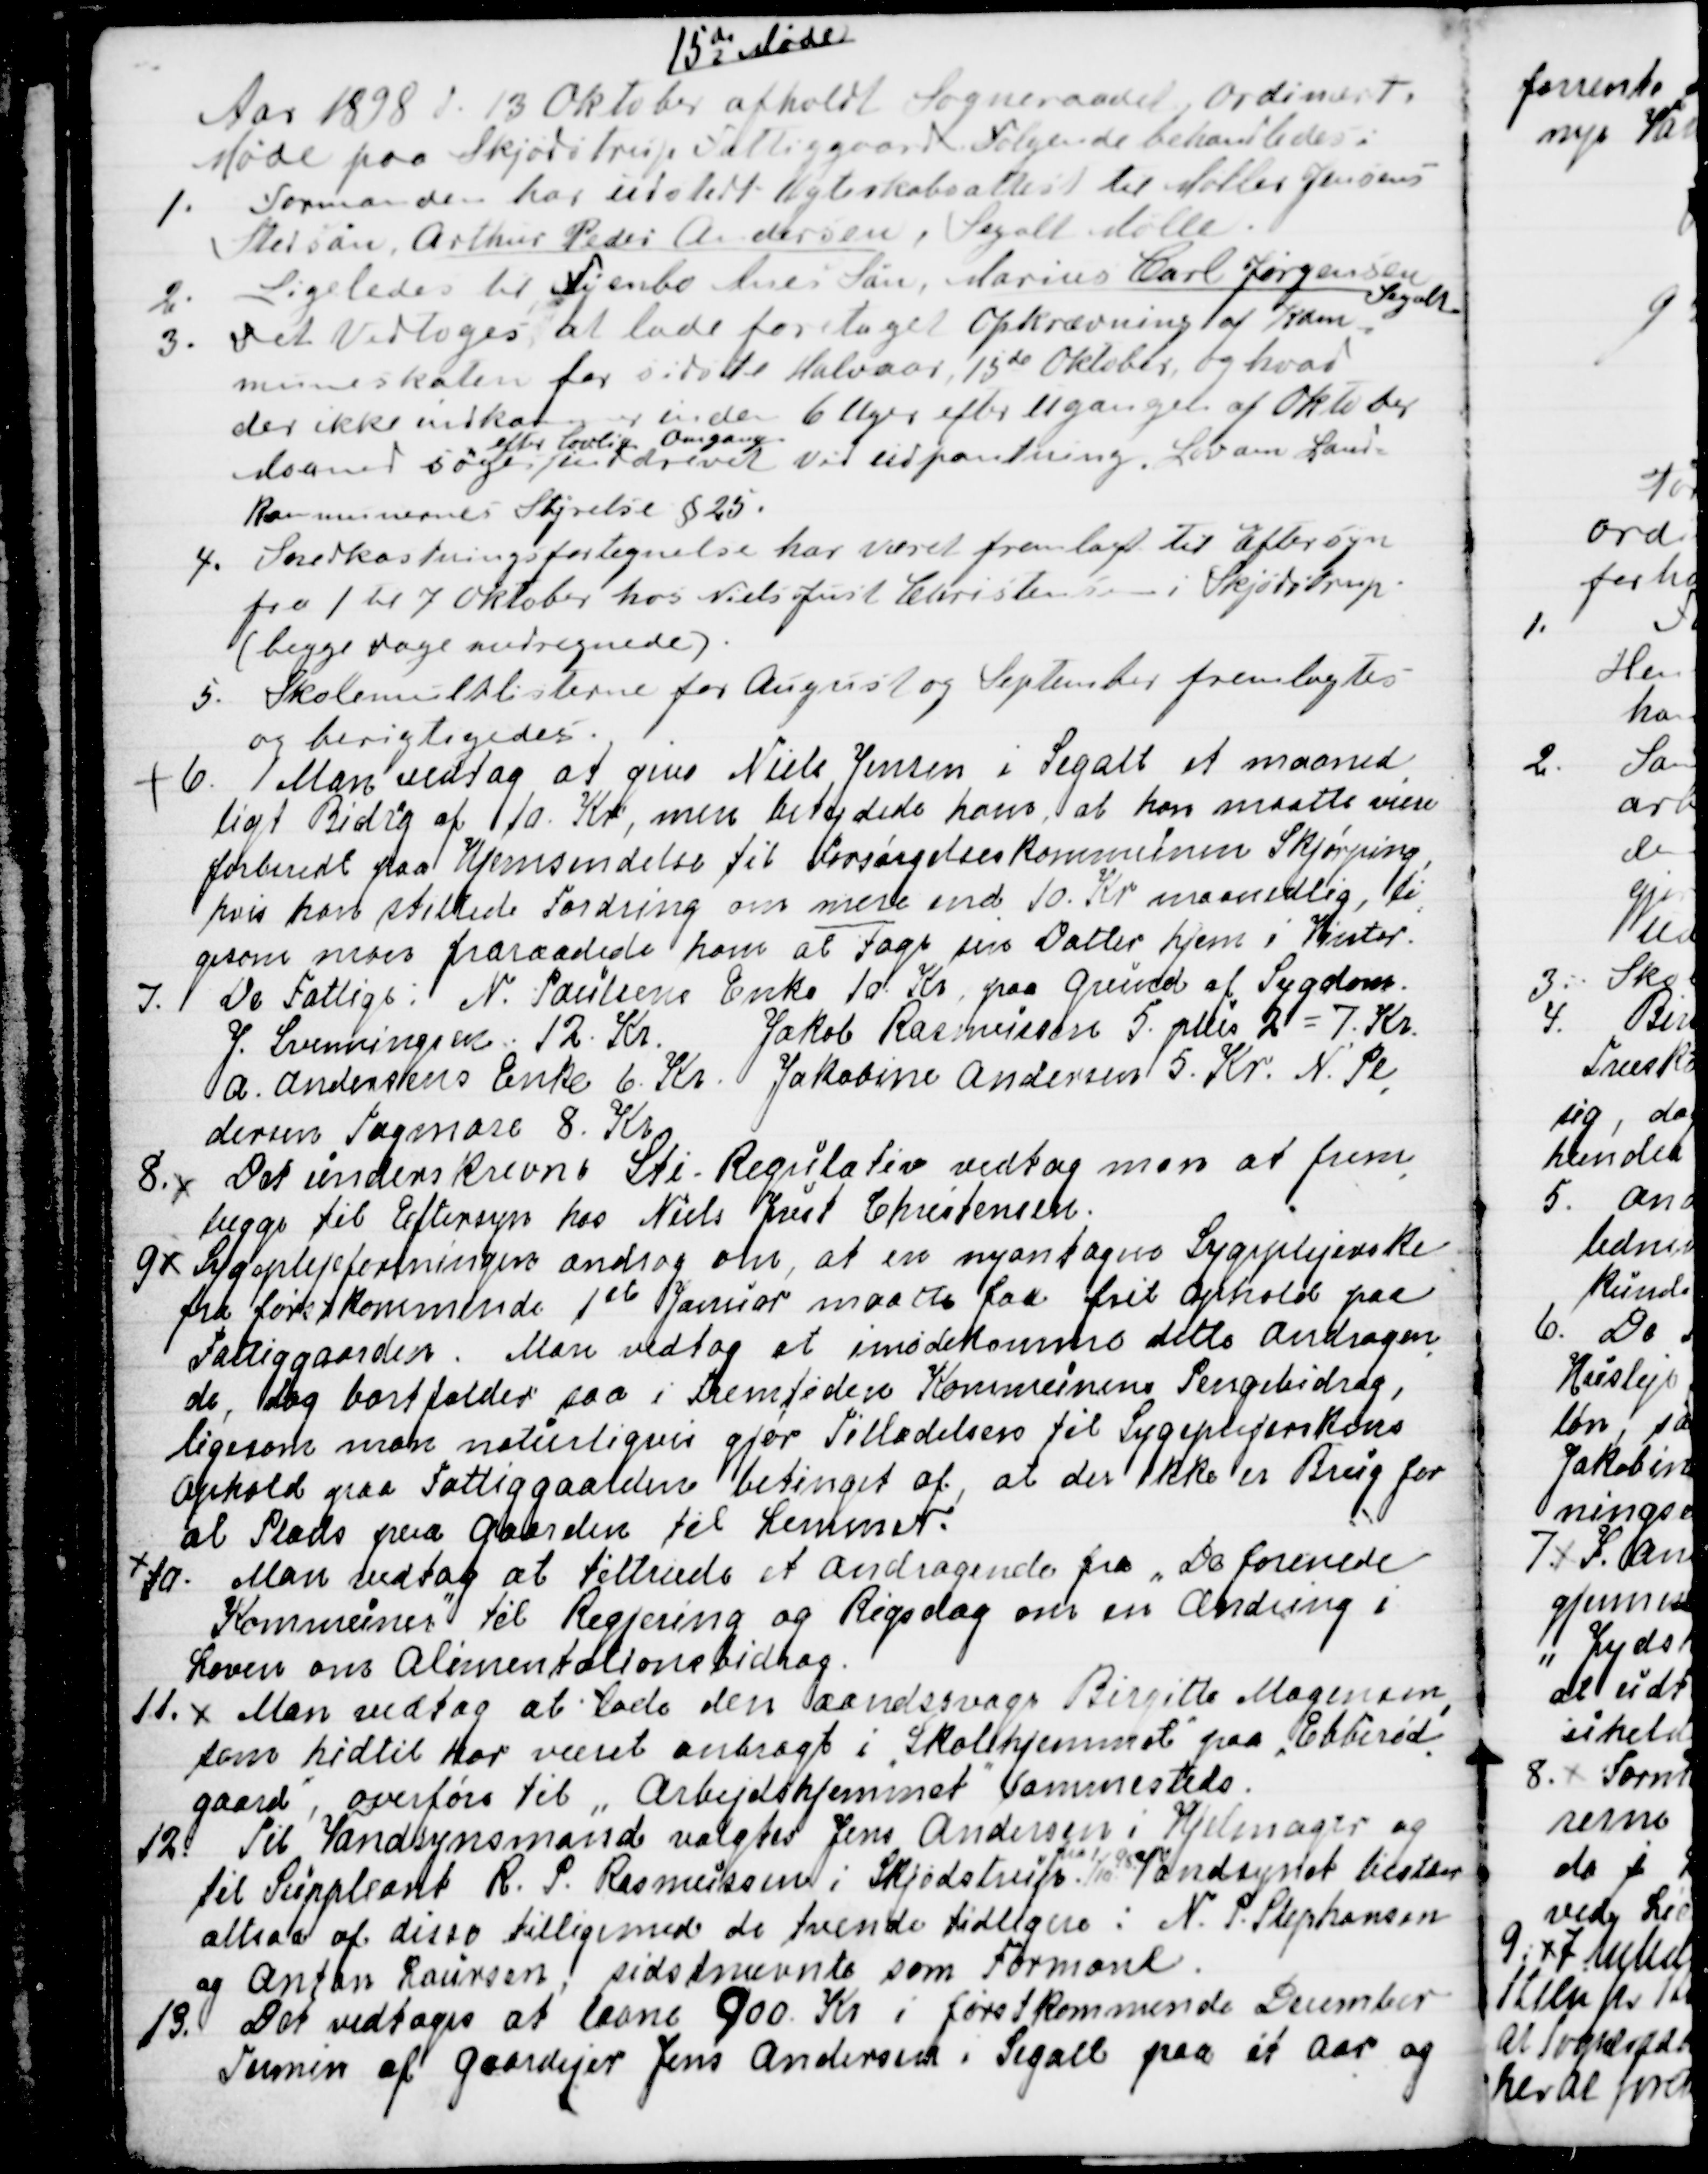
Transskription:
15de Møde
Aar 1898 d. 13 Oktober afholdt Sogneraadet ordinært
Møde paa Skjødstrup Fattiggaard. Følgende behandledes:
1.
Formanden har udstedt Ægteskabsattest til Møller Jensens
 Stedsøn Arthur Peder Andersen, Segalt Mølle.
2. Ligeledes til Syerske Anes Søn, Marius Carl Jørgensen 
Segalt
3.  Det vedtoges at lade foretaget Opkrævning af Kom=
muneskaten for sidste Halvaar, 15de Oktober og hvad
der ikke indkommer inden 6 Uger efter Ugangen af Oktober
Maaned søges 
efter lovlig Omgang
inddrevet ved udpantning. Lov om Land-
Kommunernes Styrelse § 25.
4.  Snekastningsfortegnelse har været fremlagt til Eftersyn
fra 1 til 7 Oktober hos Niels Just Christensen i Skjødstrup
(begge Dage medregnede).
5. Skolemulklisterne for August og September fremlagdes
og berigtigedes.
6. Man vedtog at give Niels Jensen i Segalt et maaned
=
ligt Bidrag af 10. Kr, men betydede ham, at han maate være
forberedt paa Hjemsendelse til Forsørgelseskommunen Skjørping,
hvis han stillede Fordring om mere end 10. Kr maanedlig, li
=
gesom man fraraadede ham at tage sin Datter hjem i Vinter.
7. De Fattige: N. Poulsens Enke 10. Kr paa Grund af Sygdom.
J. Svenningsen 12. Kr. Jakob Rasmussen 5. plus 2 = 7. Kr
A.  Andersens Enke 6. Kr. Jakobine Andersen 5. Kr. N. Pe
=
dersen Tagmose 8. Kr.
8.
Det underskrevne Sti - Regulativ vedtog man at frem
=
lægge til Eftersyn hos Niels Just Christensen.
9
Sygeplejeforeningen androg om, at en nyantagen Sygeplejerske
fra førstkommende 1st Januar maatte faa frit Ophold paa
Fattiggaarden. Man vedtog at imødekomme dette Andragen
=
de, dog bortfalder saa i Fremtiden Kommunens Pengebidrag,
ligesom man naturligvis gjør Tilladelsen til Sygeplejerskens
Ophold paa Fattiggaarden betinget af, at der ikke er Brug for
al Plads paa Gaarden til Lemmer.
10. Man vedtog at tiltræde et Andragende fra "De forenede
Kommuner" til Regjering og Rigsdag om en Ændring i
Loven om Alimentationsbidrag.
11.
Man vedtog at lade den aandsvage Birgitte Mogensen
,
som hidtil har været anbragt i Skolehjemmet paa "Ebberød
=
gaard", overføre til "Arbejdshjemmet" sammesteds.
12. Til Vandsynsmand valgtes Jens Andersen i Hjelmager og
til Suppleant R. P. Rasmussen i Skjødstrup. 
fra 1/10 98
Vandsynet bestaar
altsaa af disse tilligemed de tvende tidligere: N. P. Stephansen
og Anton Laursen, sidstnævnte som Formand.
13. Det vedtoges at laane 900 Kr i førstkommende December
Termin af Gaardejer Jens Andersen i Segalt paa et Aar og